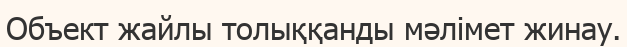
Объект жайлы толыққанды мәлімет жинау.